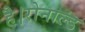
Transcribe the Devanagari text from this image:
है।रोनाल्ड